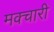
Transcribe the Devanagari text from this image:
मक्चारी